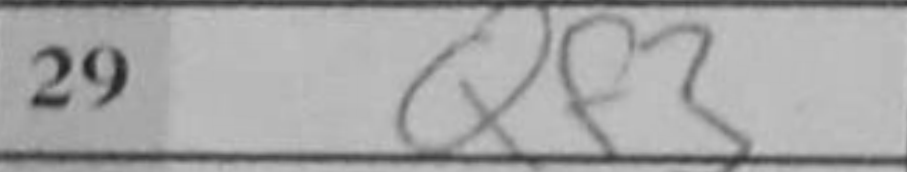
Transcription: Qf3